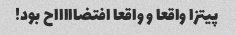
پیتزا واقعا و واقعا افتضاااااح بود!